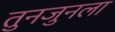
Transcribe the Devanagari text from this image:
तुनजुनला